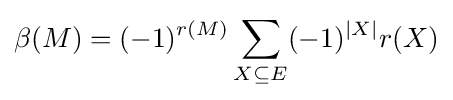
\beta (M)=(-1)^{r(M)}\sum _{X\subseteq E}(-1)^{|X|}r(X)